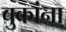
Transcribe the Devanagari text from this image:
चुकांना